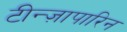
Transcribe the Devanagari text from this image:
टीन्ज़ापारिन